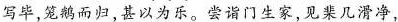
写毕，笼鹅而归，甚以为乐。尝谓门生家，见棐几滑净，